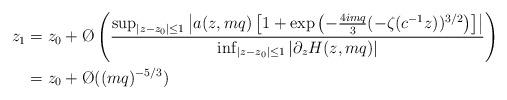
LaTeX: \begin{align*} z_1&=z_0+\O{}\left(\frac{\sup_{|z-z_0|\leq 1} \left|a(z,mq)\left[1+\exp\left(-\frac{4imq}{3}(-\zeta(c^{-1}z))^{3/2}\right)\right]\right|}{\inf_{|z-z_0|\leq 1}|\partial_zH(z,mq)|}\right)\\&=z_0+\O{}((mq)^{-5/3})\end{align*}